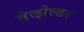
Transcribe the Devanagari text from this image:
मेत्झेल्डर